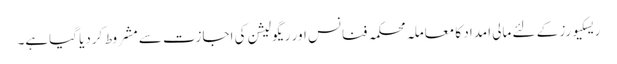
ریسکیورز کے لئے مالی امداد کا معاملہ محکمہ فنانس اور ریگولیشن کی اجازت سے مشروط کردیا گیاہے۔